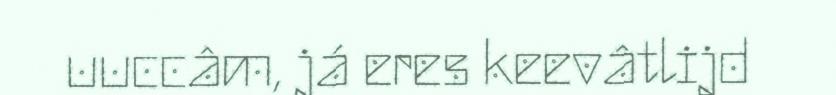
uuccâm, já eres keevâtlijd